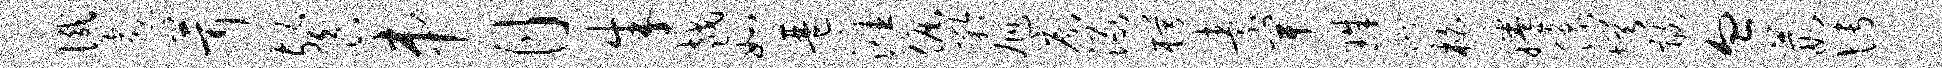
憾愈茸餐串月朱越如琶涯倔矜旭廓渌枵素卑珠蹴柏腾像愕髂血葭博